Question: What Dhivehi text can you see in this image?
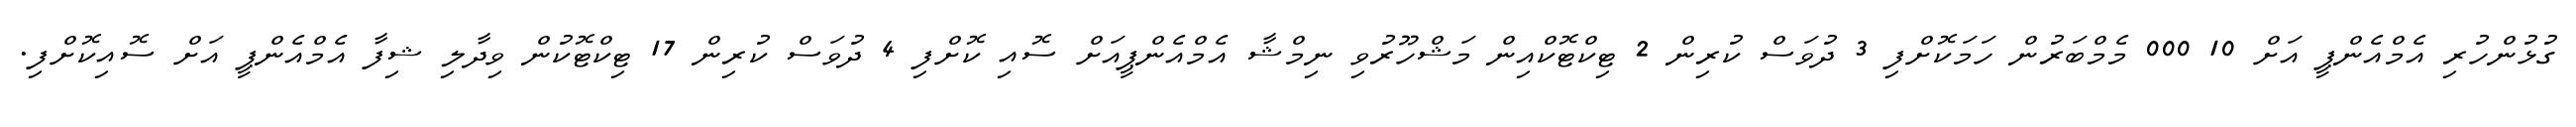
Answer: ގުޅުންހުރި އެމްއެންޕީ އަށް 10 000 މެމްބަރުން ހަމަކޮށްފި 3 ދުވަސް ކުރިން 2 ޓިކްޓޮކްއިން މަޝްހޫރުވި ނިމްޝާ އެމްއެންޕީއަށް ސޮއި ކޮށްފި 4 ދުވަސް ކުރިން 17 ޓިކްޓޮކުން ވިދާލި ޝިފާ އެމްއެންޕީ އަށް ސޮއިކޮށްފި.